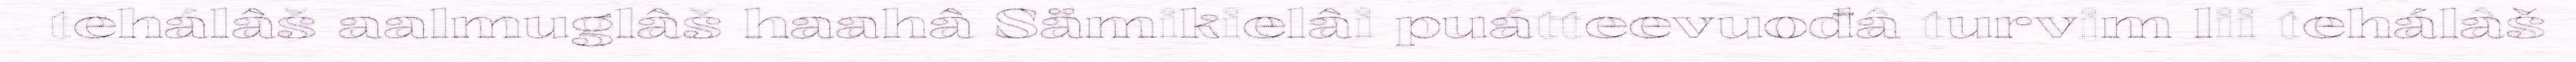
tehálâš aalmuglâš haahâ Sämikielâi puátteevuođâ turvim lii tehálâš